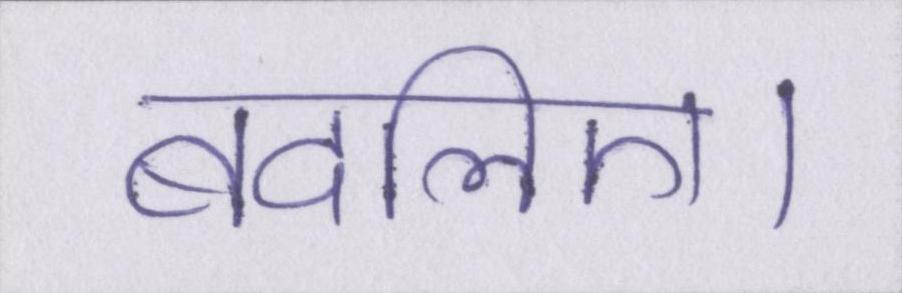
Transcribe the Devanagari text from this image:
बदलिए।